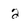
Character: 2